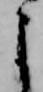
よ